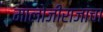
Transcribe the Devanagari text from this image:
मालोजीराजांचा